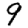
Digit: 9